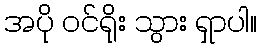
အပို ဝင်ရိုး သွား ရှာပါ။